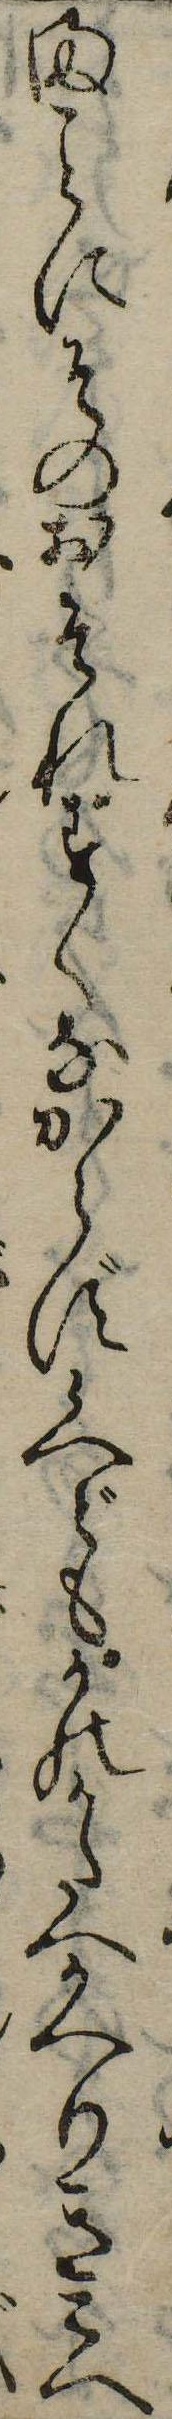
まにそのおそれすくなからず候へどもかのかたへかへりきこへ